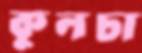
কুলচা